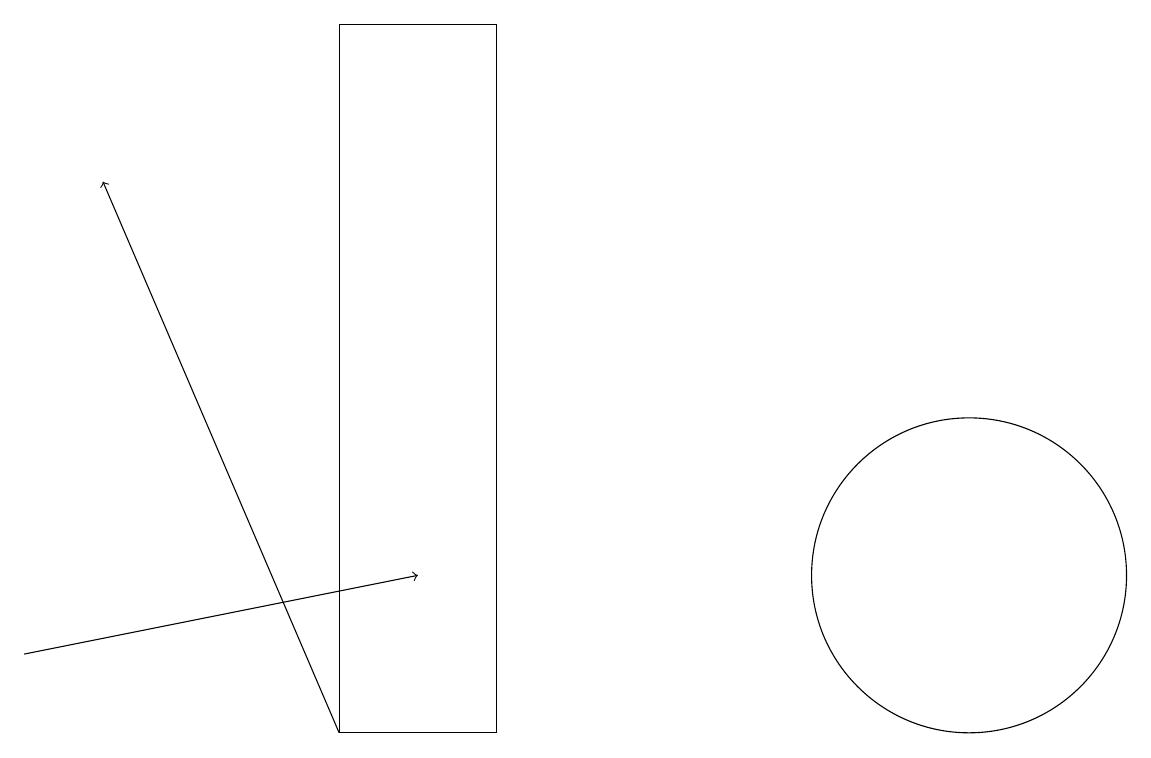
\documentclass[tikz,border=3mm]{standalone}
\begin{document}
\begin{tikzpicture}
\draw (6,10) rectangle (4,19);
\draw (12,12) circle (2);
\draw[->] (4,10) -- (1,17);
\draw[->] (0,11) -- (5,12);
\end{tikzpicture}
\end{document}